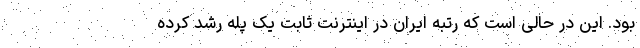
بود. این در حالی است که رتبه ایران در اینترنت ثابت یک پله رشد کرده